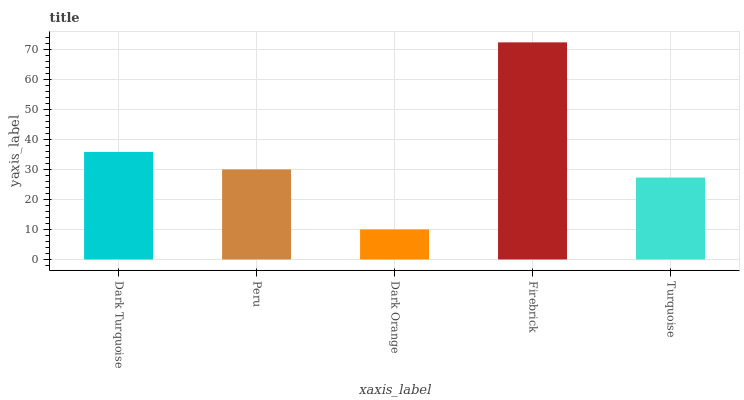
| xaxis_label | bars |
 | --- | --- |
 | Dark Turquoise | 35.8 |
 | Peru | 30 |
 | Dark Orange | 10 |
 | Firebrick | 72.3 |
 | Turquoise | 27.3 |